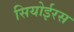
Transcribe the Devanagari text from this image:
सियोईरस